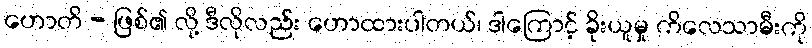
ဟောတိ - ဖြစ်၏ လို့ ဒီလိုလည်း ဟောထားပါတယ်၊ ဒါကြောင့် ခိုးယူမှု ကိလေသာမီးကို